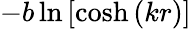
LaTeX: -b\ln\left[\textrm{cosh}\left(kr\right)\right]